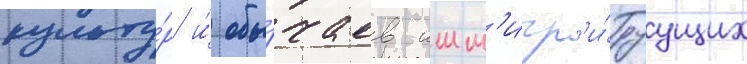
культу́р и́ обы́чаев имм'игр'и́руущих